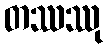
တဿဿု